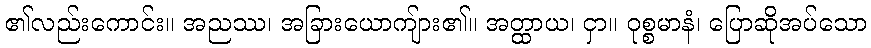
၏လည်းကောင်း။ အညဿ၊ အခြားယောကျ်ား၏။ အတ္ထာယ၊ ငှာ။ ဝုစ္စမာနံ၊ ပြောဆိုအပ်သော